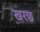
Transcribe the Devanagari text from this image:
खरछ